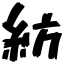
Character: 紡